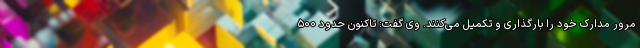
مرور مدارک خود را بارگذاری و تکمیل می‌کنند. وی گفت: تاکنون حدود ۵۰۰